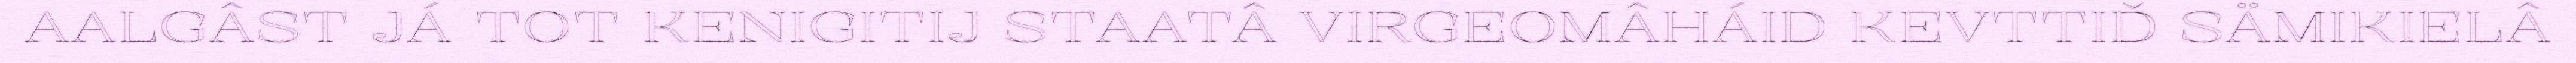
AALGÂST JÁ TOT KENIGITIJ STAATÂ VIRGEOMÂHÁID KEVTTIĐ SÄMIKIELÂ